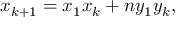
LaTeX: \displaystyle x _ { k + 1 } = x _ { 1 } x _ { k } + n y _ { 1 } y _ { k } ,